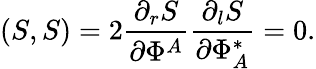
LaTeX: (S,S)=2\frac{\partial_{r}S}{\partial\Phi^{A}}\frac{\partial_{l}S}{\partial\Phi_{A}^{\ast}}=0.